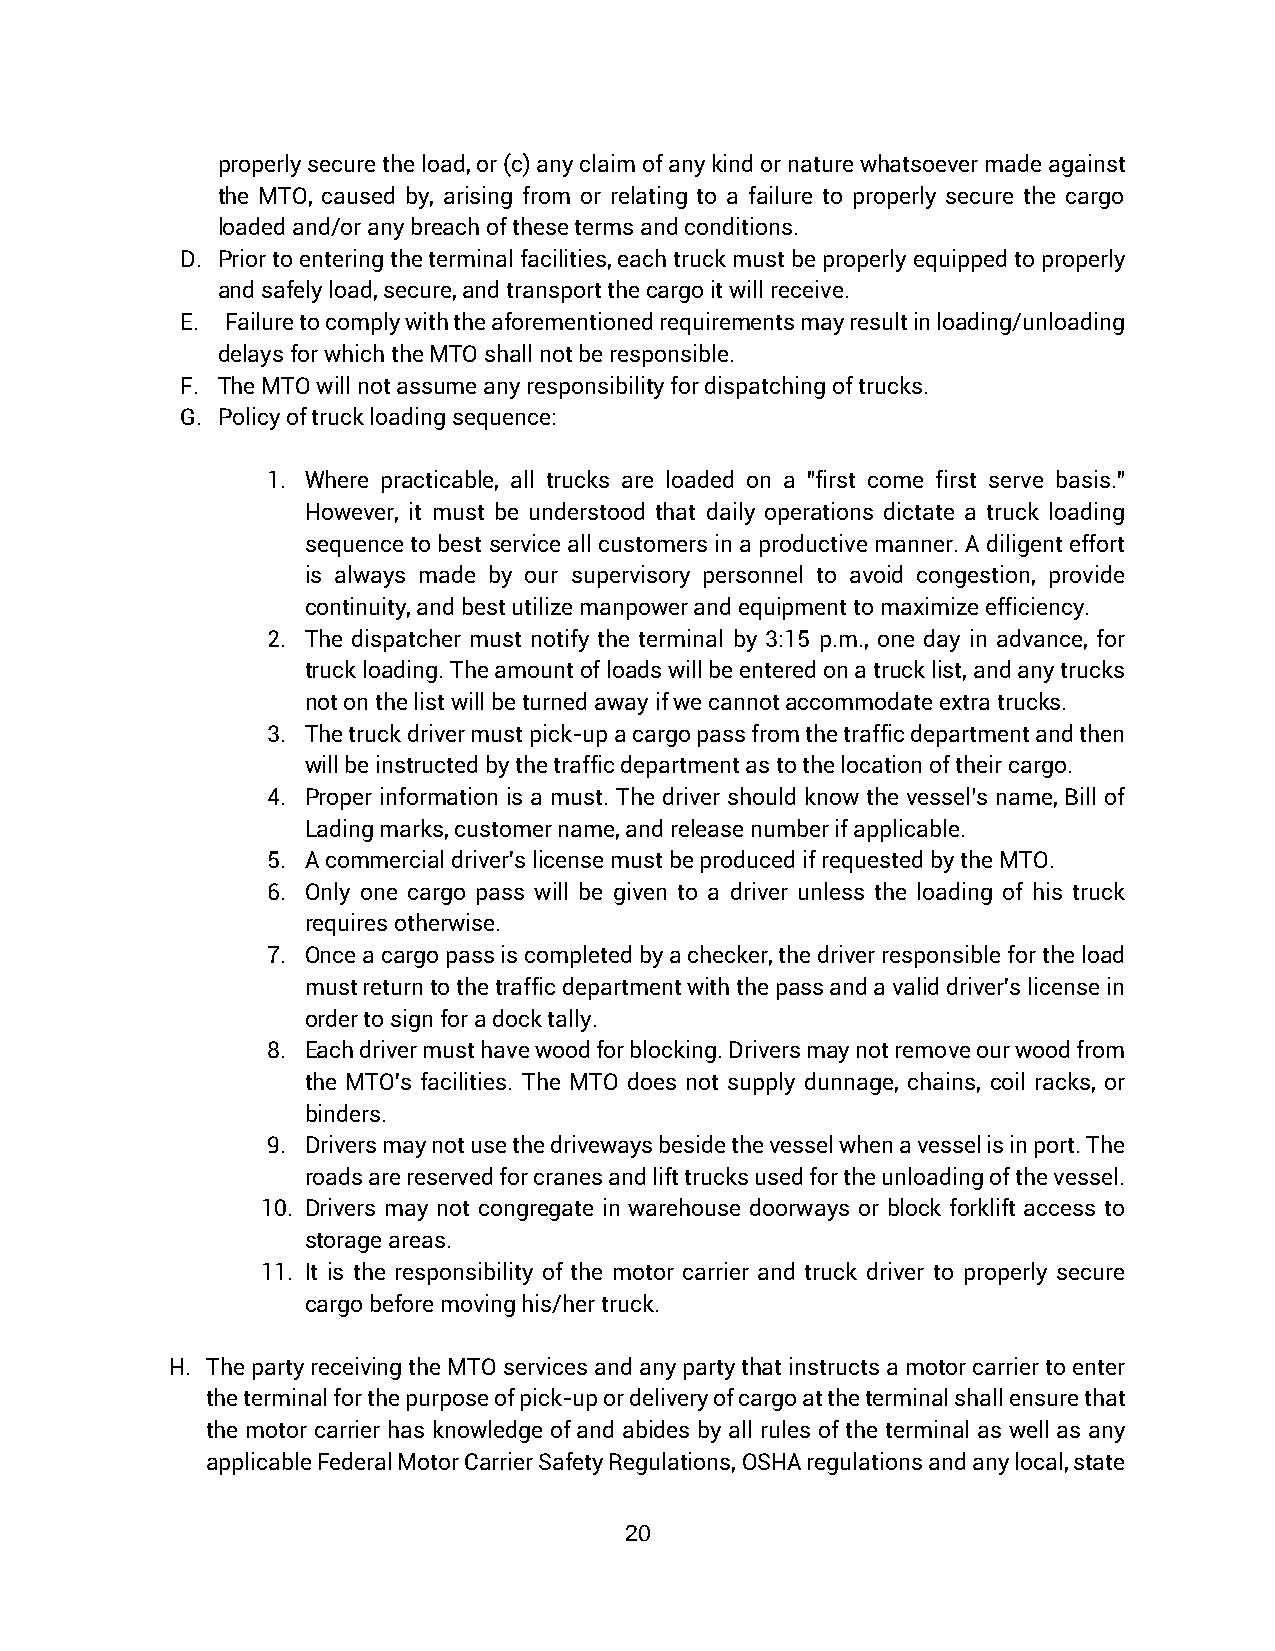
properly secure the load, or (c) any claim of any kind or nature whatsoever made against
 the MTO, caused by, arising from or relating to a failure to properly secure the cargo
 loaded and/or any breach of these terms and conditions.
 D. Prior to entering the terminal facilities, each truck must be properly equipped to properly
 and safely load, secure, and transport the cargo it will receive.
 E. Failure to comply with the aforementioned requirements may result in loading/unloading
 delays for which the MTO shall not be responsible.
 F. The MTO will not assume any responsibility for dispatching of trucks.
 G. Policy of truck loading sequence:
 1. Where practicable, all trucks are loaded on a "first come first serve basis."
 However, it must be understood that daily operations dictate a truck loading
 sequence to best service all customers in a productive manner. A diligent effort
 is always made by our supervisory personnel to avoid congestion, provide
 continuity, and best utilize manpower and equipment to maximize efficiency.
 2. The dispatcher must notify the terminal by 3:15 p.m., one day in advance, for
 truck loading. The amount of loads will be entered on a truck list, and any trucks
 not on the list will be turned away if we cannot accommodate extra trucks.
 3. The truck driver must pick-up a cargo pass from the traffic department and then
 will be instructed by the traffic department as to the location of their cargo.
 4. Proper information is a must. The driver should know the vessel’s name, Bill of
 Lading marks, customer name, and release number if applicable.
 5. A commercial driver's license must be produced if requested by the MTO.
 6. Only one cargo pass will be given to a driver unless the loading of his truck
 requires otherwise.
 7. Once a cargo pass is completed by a checker, the driver responsible for the load
 must return to the traffic department with the pass and a valid driver's license in
 order to sign for a dock tally.
 8. Each driver must have wood for blocking. Drivers may not remove our wood from
 the MTO's facilities. The MTO does not supply dunnage, chains, coil racks, or
 binders.
 9. Drivers may not use the driveways beside the vessel when a vessel is in port. The
 roads are reserved for cranes and lift trucks used for the unloading of the vessel.
 10. Drivers may not congregate in warehouse doorways or block forklift access to
 storage areas.
 11. It is the responsibility of the motor carrier and truck driver to properly secure
 cargo before moving his/her truck.
 H. The party receiving the MTO services and any party that instructs a motor carrier to enter
 the terminal for the purpose of pick-up or delivery of cargo at the terminal shall ensure that
 the motor carrier has knowledge of and abides by all rules of the terminal as well as any
 applicable Federal Motor Carrier Safety Regulations, OSHA regulations and any local, state
 20